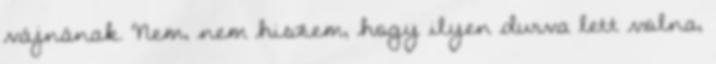
vájnának. Nem, nem hiszem, hogy ilyen durva lett volna,